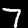
Digit: 7